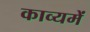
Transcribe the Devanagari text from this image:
काव्यमें